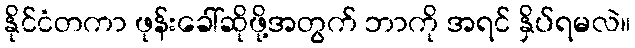
နိုင်ငံတကာ ဖုန်းခေါ်ဆိုဖို့အတွက် ဘာကို အရင် နှိပ်ရမလဲ။